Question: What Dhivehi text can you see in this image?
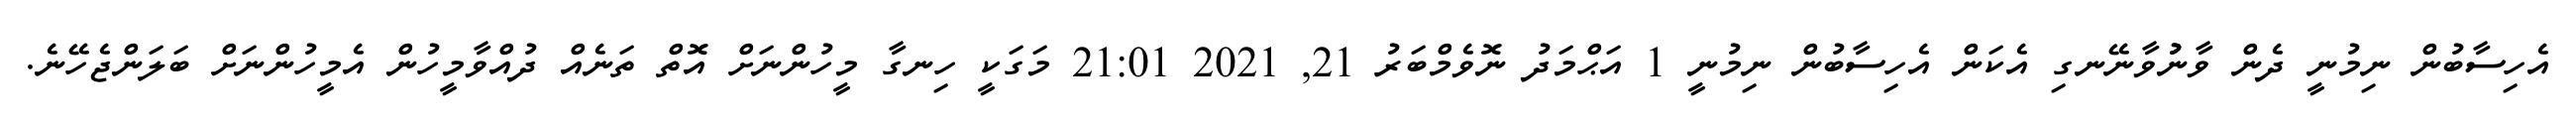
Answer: އެހިސާބުން ނިމުނީ ދެން ވާނުުވާނޭނގި އެކަން އެހިސާބުން ނިމުނީ 1 އަޙްމަދު ނޮވެމްބަރު 21, 2021 21:01 މަގަކީ ހިނގާ މީހުންނަށް އޮތް ތަނެއް ދުއްވާމީހުން އެމީހުންނަށް ބަލަންޖެހޭނެ.